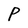
Character: P